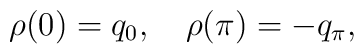
\rho (0) = q_0, \quad \rho (\pi ) = -q_\pi ,